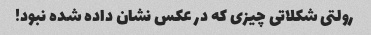
رولتی شکلاتی چیزی که در عکس نشان داده شده نبود!